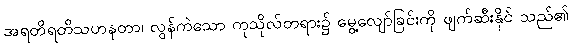
အရတိရတိသဟနတာ၊ လွန်ကဲသော ကုသိုလ်တရား၌ မွေ့လျော်ခြင်းကို ဖျက်ဆီးနိုင် သည်၏